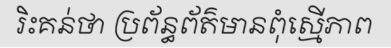
រិះគន់ថា ប្រព័ន្ធព័ត៌មានពុំស្មើភាព